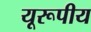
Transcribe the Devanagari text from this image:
यूरूपीय